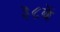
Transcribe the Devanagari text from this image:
३८वें